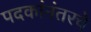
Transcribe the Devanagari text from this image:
पदकांनंतरचे